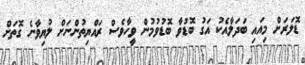
ޑޮލަރަށް މިއައި ބަދަލާއެކު އަގު ބޮޑުވާ ބޮޑުވުމުން ވީހާވެސް ރައްޔިތުންނަށް ލުޔިވާނެ ގޮތަށް